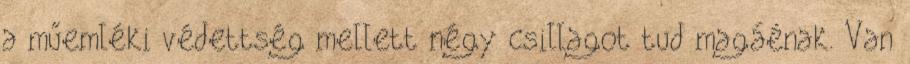
a műemléki védettség mellett négy csillagot tud magáénak. Van